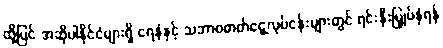
ထို့ပြင် အဆိုပါနိုင်ငံများရှိ ရေနံနှင့် သဘာဝဓာတ်ငွေ့လုပ်ငန်းများတွင် ရင်းနှီးမြှုပ်နှံရန်